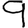
Digit: 9